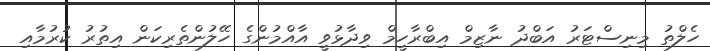
ހެލްތު މިނިސްޓަރު އަބްދު ނާޒިމް އިބްރާހީމް ވިދާޅުވީ އާއްމުންގެ ހޭލުންތެރިކަން އިތުރު ކުރުމާއި